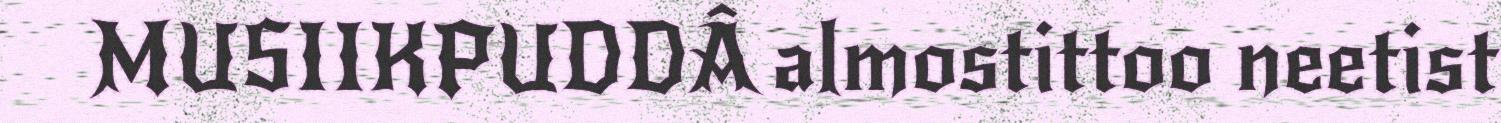
MUSIIKPUDDÂ almostittoo neetist